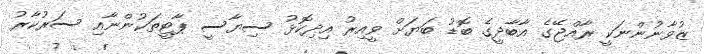
ޒުވާނުންނަކީ ރާއްޖޭގެ އާބާދީގެ ބޮޑު ބަޔަށް ވީއިރު އިދިކޮޅު ސިޔާސީ ޕާޓީތަކުންނާއި ސަރުކާރު